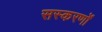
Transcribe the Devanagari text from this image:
सस्करणों